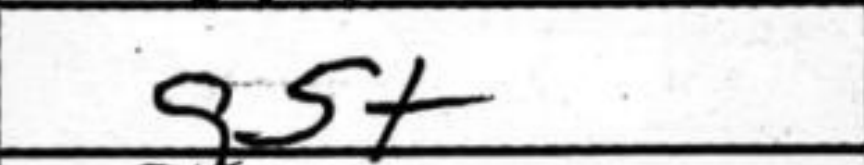
Transcription: g5+